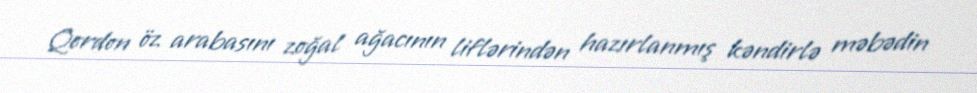
Qordon öz arabasını zoğal ağacının liflərindən hazırlanmış kəndirlə məbədin